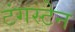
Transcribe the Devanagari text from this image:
टंगस्टेन